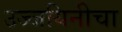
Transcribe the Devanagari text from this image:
उज्जयिनीचा